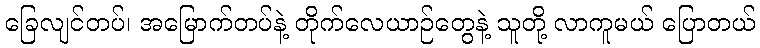
ခြေလျင်တပ်၊ အမြောက်တပ်နဲ့ တိုက်လေယာဉ်တွေနဲ့ သူတို့ လာကူမယ် ပြောတယ်